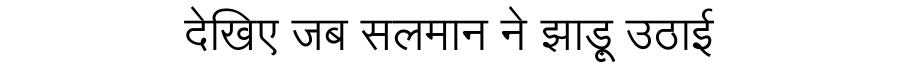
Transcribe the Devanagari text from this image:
देखिए जब सलमान ने झाड़ू उठाई